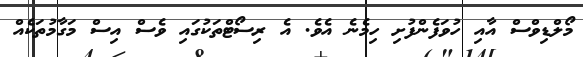
މޯލްޑިވްސް އާއި ހުވަފެންފުށި ހިމެނެ އެވެ. އެ ރިސޯޓްތަކުގައި ވެސް އިސް މަގާމުތަކެއް